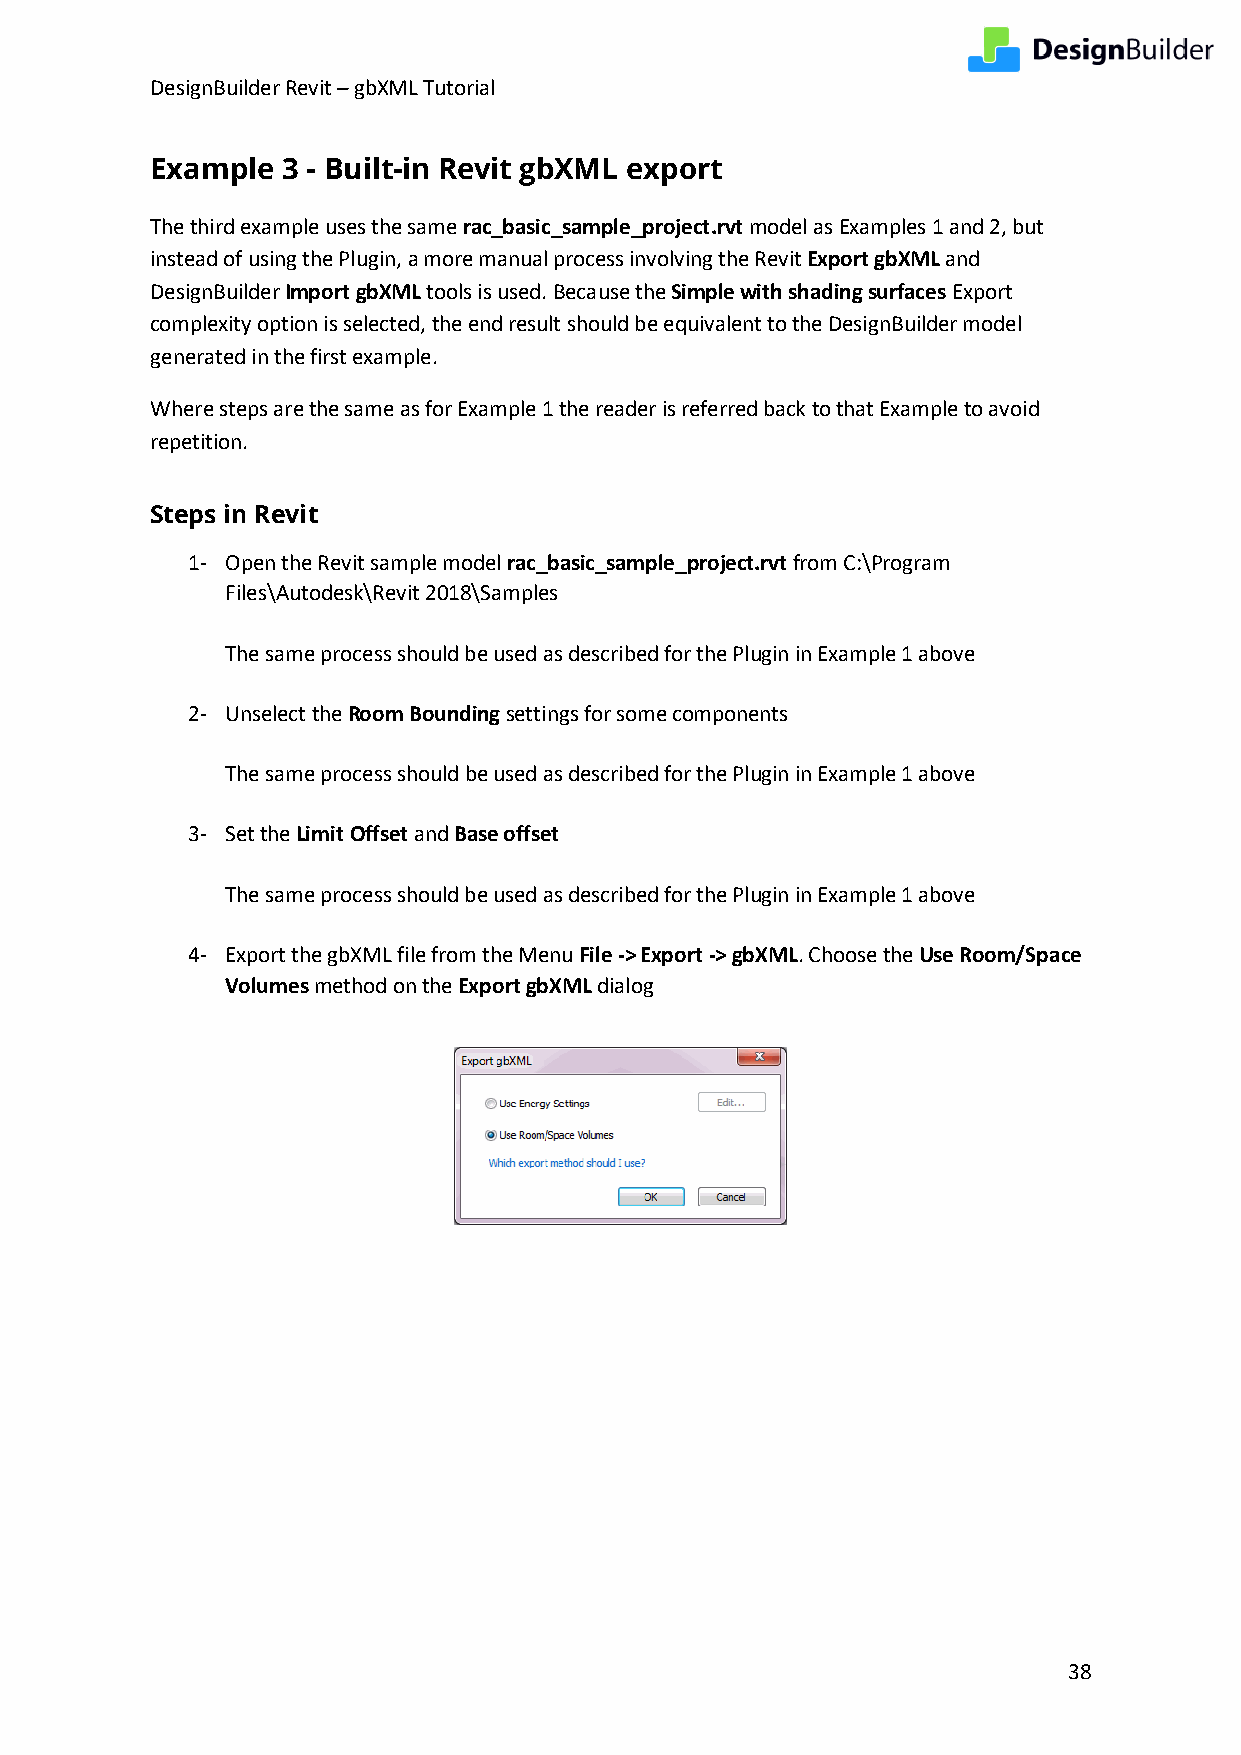
DesignBuilder Revit – gbXML Tutorial
 Example  3 - Built-in Revit gbXML export
 The third example uses the same rac_basic_sample_project.rvt model as Examples 1 and 2, but
 instead of using the Plugin, a more manual process involving the Revit Export gbXML and
 DesignBuilder Import gbXML tools is used. Because the Simple with shading surfaces Export
 complexity option is selected, the end result should be equivalent to the DesignBuilder model
 generated in the first example.
 Where steps are the same as for Example 1 the reader is referred back to that Example to avoid
 repetition.
 Steps in Revit
 1- Open the Revit sample model rac_basic_sample_project.rvt from C:\Program
 Files\Autodesk\Revit 2018\Samples
 The same process should be used as described for the Plugin in Example 1 above
 2- Unselect the Room Bounding settings for some components
 The same process should be used as described for the Plugin in Example 1 above
 3- Set the Limit Offset and Base offset
 The same process should be used as described for the Plugin in Example 1 above
 4- Export the gbXML file from the Menu File -> Export -> gbXML. Choose the Use Room/Space
 Volumes method on the Export gbXML dialog
 38